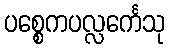
ပစ္စေကပလ္လင်္ကေသု